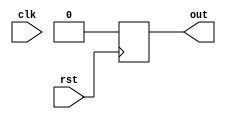
module reset_sync (
    input wire clk,
    input wire rst,
    output reg out
);

always @(posedge rst) begin
    // Behavior to execute on positive edge of reset signal
    out <= 1'b0;
end

endmodule